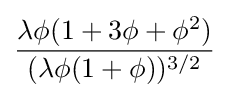
{\frac {\lambda \phi (1+3\phi +\phi ^{2})}{(\lambda \phi (1+\phi ))^{3/2}}}